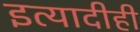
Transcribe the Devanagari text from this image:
इत्यादीही